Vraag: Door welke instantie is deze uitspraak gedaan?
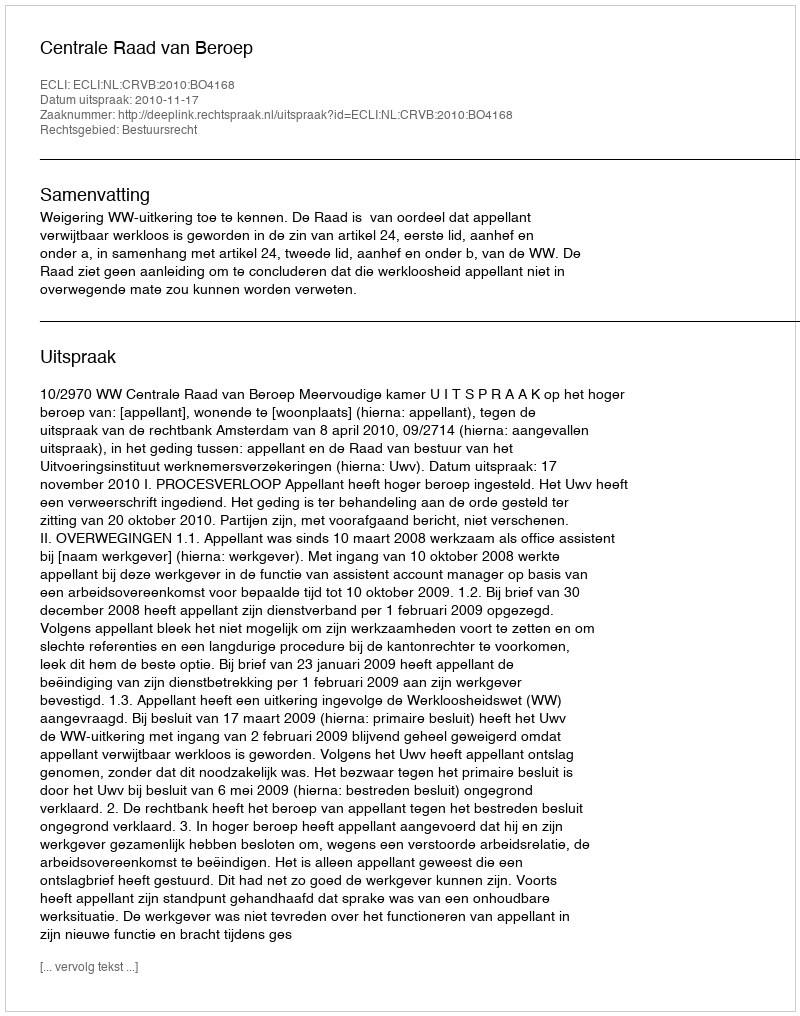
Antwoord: Centrale Raad van Beroep